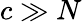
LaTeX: c\gg N